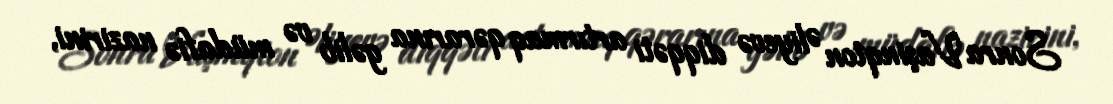
Sonra Vaşinqton Əliyevə diqqəti artırmaq qərarına gəlib və müdafiə nazirini,